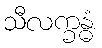
သီလက္ခန္ဓံ